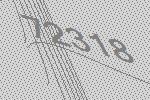
72318